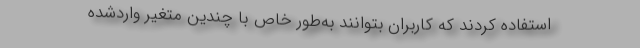
استفاده کردند که کاربران بتوانند به‌طور خاص با چندین متغیر واردشده